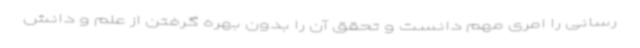
رسانی را امری مهم دانست و تحقق آن را بدون بهره گرفتن از علم و دانش